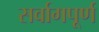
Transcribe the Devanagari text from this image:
सर्वागपूर्ण